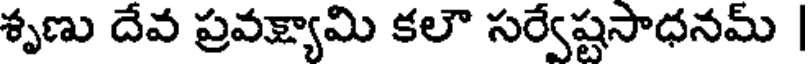
శృణు దేవ ప్రవక్ష్యామి కలౌ సర్వేష్టసాధనమ్ |